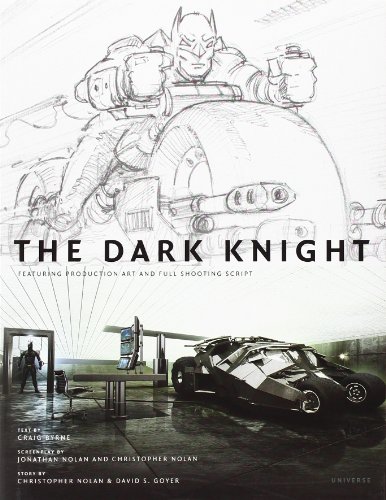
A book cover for The Dark Knight: Featuring Production Art and Full Shooting Script; Craig Byrne; Humor & Entertainment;